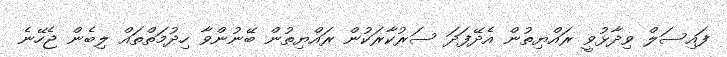
ފައިސަލް ވިދާޅުވީ ރައްޔިތުން އެދޭފަދަ ސަރުކާރަކުން ރައްޔިތުން ބޭނުންވާ ހިދުމަތްތައް ލިބެން ޖެހޭނެ